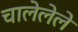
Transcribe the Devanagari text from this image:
चालेलेले